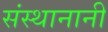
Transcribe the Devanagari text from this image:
संस्थानानी